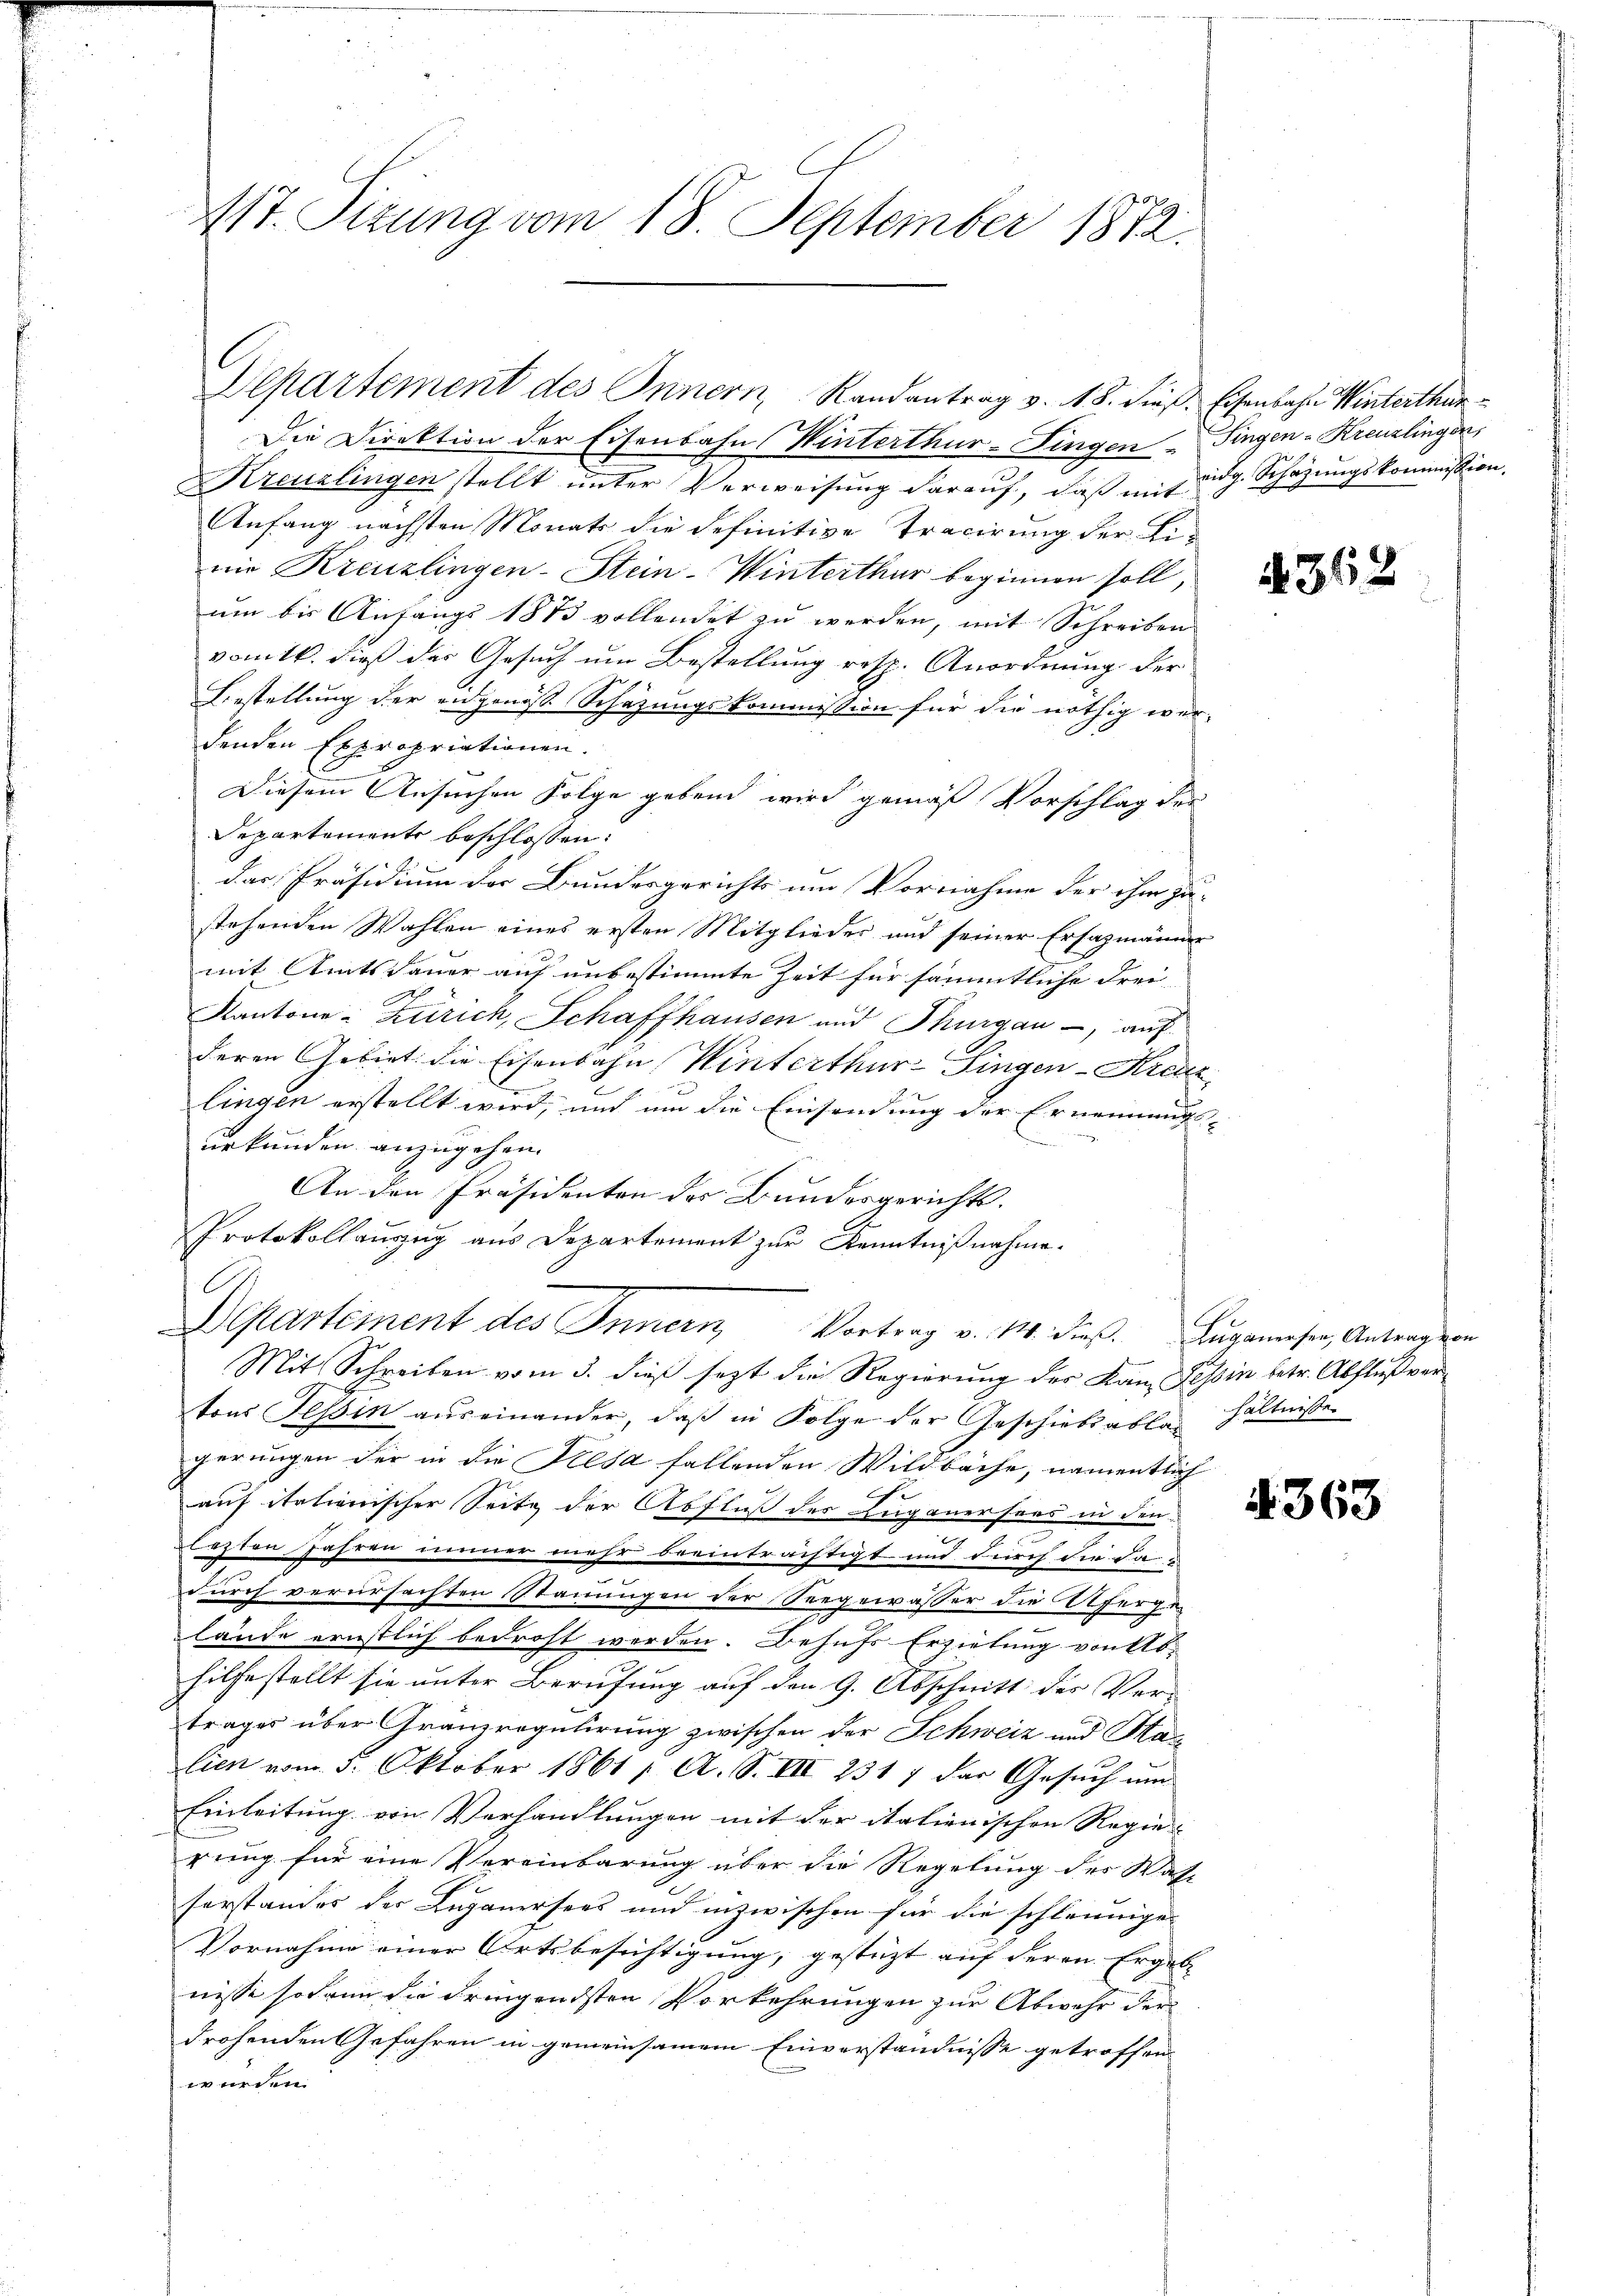
117. Sizung vom 18. September 1872.

Die Direktion der Eisenbahn Winterthur-Fingen Fingen-Kreuzlingen,
Kreuzlingen stellt unter Verweisung darauf, daß mit idg. Schazungskommission,
Anfang nächsten Monats die definitive Tracirung der Linie Kreuzlingen-Stein-Winterthur beginnen soll,
ŭm bis Anfangs 1873 vollendet zŭ werden, mit Schreiben
vom 16. dieß der Gesuch um Bestellung resp. Anordnung der
Bestellung der eidgenöß Schazungskommission für die nöthig wer-
denden Expropriationen.
Diesem Ansuchen Folge gebend wird gemäß Vorschlag der
Departemente beschlossen:
das Präsidium der Bundesgerichts um Vornahme der ihm zu-
stehenden Wahlen eines ersten Mitglieder und seiner Ersatzmänner
mit Amtsdauer auf unbestimmte Zeit für sämmtliche Frei-
Kantone - Zürich, Schaffhausen und Thurgau, auf
deren Gebiet die Eisenbahn Winterthur–Singen-Kreuz
2
lingen erstellt wird, und um die Einsendung der Ernennungs-
urkunden anzugehen.
An den Präsidenten des Bundesgerichts.
Protokollaŭszŭg aŭs Departement zŭr Kenntniβnahme.
.
Departement des Innern Vortrag v. M. dieß. Zuganesen, Antrag von
Mit Schreiben vom 3. dieß sezt die Regierung des Kanz Tessin betr. Abfluß vertons Tessin auseinander, daß in Folge der Geschiebsablagerungen der in die Kiesa fallenden Wildbache, namentlich
auf italienischer Seite der Abfluß des Luganersees in den
lezten Jahren immer mehr beeinträchtigt und durch die da-
durch verursachten Stauungen der Seegewässer die Alfergelände ernstlich bedroht werden. Behufs Erzielung von Ab-
hilfe stellt sie unter Berufung auf den 9. Abschnitt des Ver-
trages über Granregulirung zwischen der Schweiz und Ha
lien vom 5. Oktober 1861 [ A. S. VII 2317 das Gesuch um
Einleitung von Verhandlungen mit der italienischen Regierung für eine Vereinbarung über die Regelung des Was-
sorstandes des Luganersees und inzwischen für die schleunige
Vornahme einer Ortsbesichtigung, gestützt auf deren Ergebe
nisse sodann die dringendsten Vorkehrungen zur Abwehr der
drohenden Gefahren in gemeinsamem Einverständnisse getroffen
werden

Departement des Innern, Randantrag v. 18. dieß. Eisenbahn Winterthur

362

hältnisse

4363